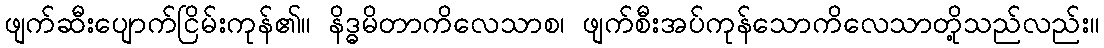
ဖျက်ဆီးပျောက်ငြိမ်းကုန်၏။ နိဒ္ဓမိတာကိလေသာစ၊ ဖျက်စီးအပ်ကုန်သောကိလေသာတို့သည်လည်း။